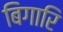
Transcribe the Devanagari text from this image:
बिगारि